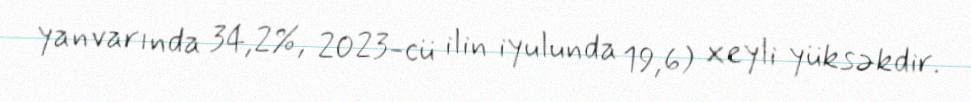
yanvarında 34,2%, 2023-cü ilin iyulunda 19,6) xeyli yüksəkdir.